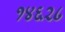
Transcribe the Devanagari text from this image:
१४६२८